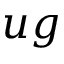
u g